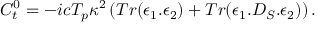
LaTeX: C _ { t } ^ { 0 } = { - i c T _ { p } \kappa ^ { 2 } } \left( T r ( \epsilon _ { 1 } . \epsilon _ { 2 } ) + T r ( \epsilon _ { 1 } . D _ { S } . \epsilon _ { 2 } ) \right) .